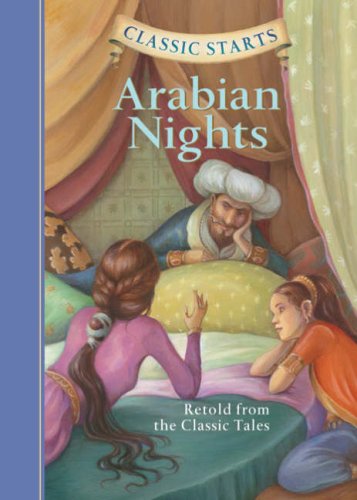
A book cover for Arabian Nights: Retold from the Classic Tales (Classic Starts); Children's Books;